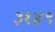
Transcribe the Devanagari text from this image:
३१४९